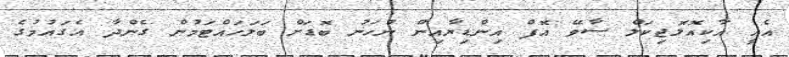
އެއީ އާކިއޮލޮޖިކަލް ސާވޭ އޮފް އިންޑިޔާއިން ނުހަނު ބޮޑަށް ބަލަހައްޓަމުން ގެންދާ އެގައުމުގެ